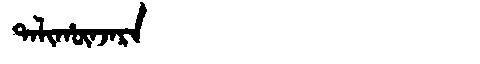
Manchu: ᡨᠠᠯᡳᡥᡡᠨᠵᠠᡵᠠ
Romanization: TALIHŪNJARA